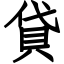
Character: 貸